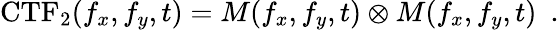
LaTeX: \textrm{CTF}_{2}(f_{x},f_{y},t)=M(f_{x},f_{y},t)\otimes M(f_{x},f_{y},t)\ \ .